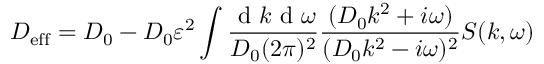
D _ { \mathrm { e f f } } = D _ { 0 } - D _ { 0 } \varepsilon ^ { 2 } \int \frac { \mathrm { ~ d ~ } k \mathrm { ~ d ~ } \omega } { D _ { 0 } ( 2 \pi ) ^ { 2 } } \frac { ( D _ { 0 } k ^ { 2 } + i \omega ) } { ( D _ { 0 } k ^ { 2 } - i \omega ) ^ { 2 } } S ( k , \omega )